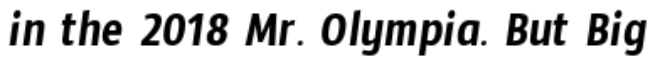
in the 2018 Mr. Olympia. But Big